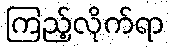
ကြည့်လိုက်ရာ